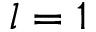
l = 1